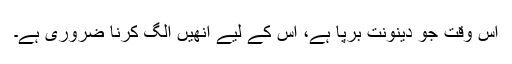
اِس وقت جو دینونت برپا ہے، اُس کے لیے اُنھیں الگ کرنا ضروری ہے۔